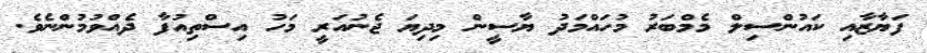
ފަޔާޒާއި ކައުންސިލް މެމްބަރު މުހައްމަދު ޔާސީން މިދިޔަ ޖެނުއަރީ މަހު އިސްތިއުފާ ދެއްވުމުންނެވެ.